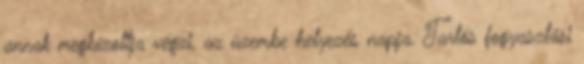
annak megbízottja végzi, az üzembe helyezés napja. Tartós fogyasztási